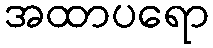
အထာပရော